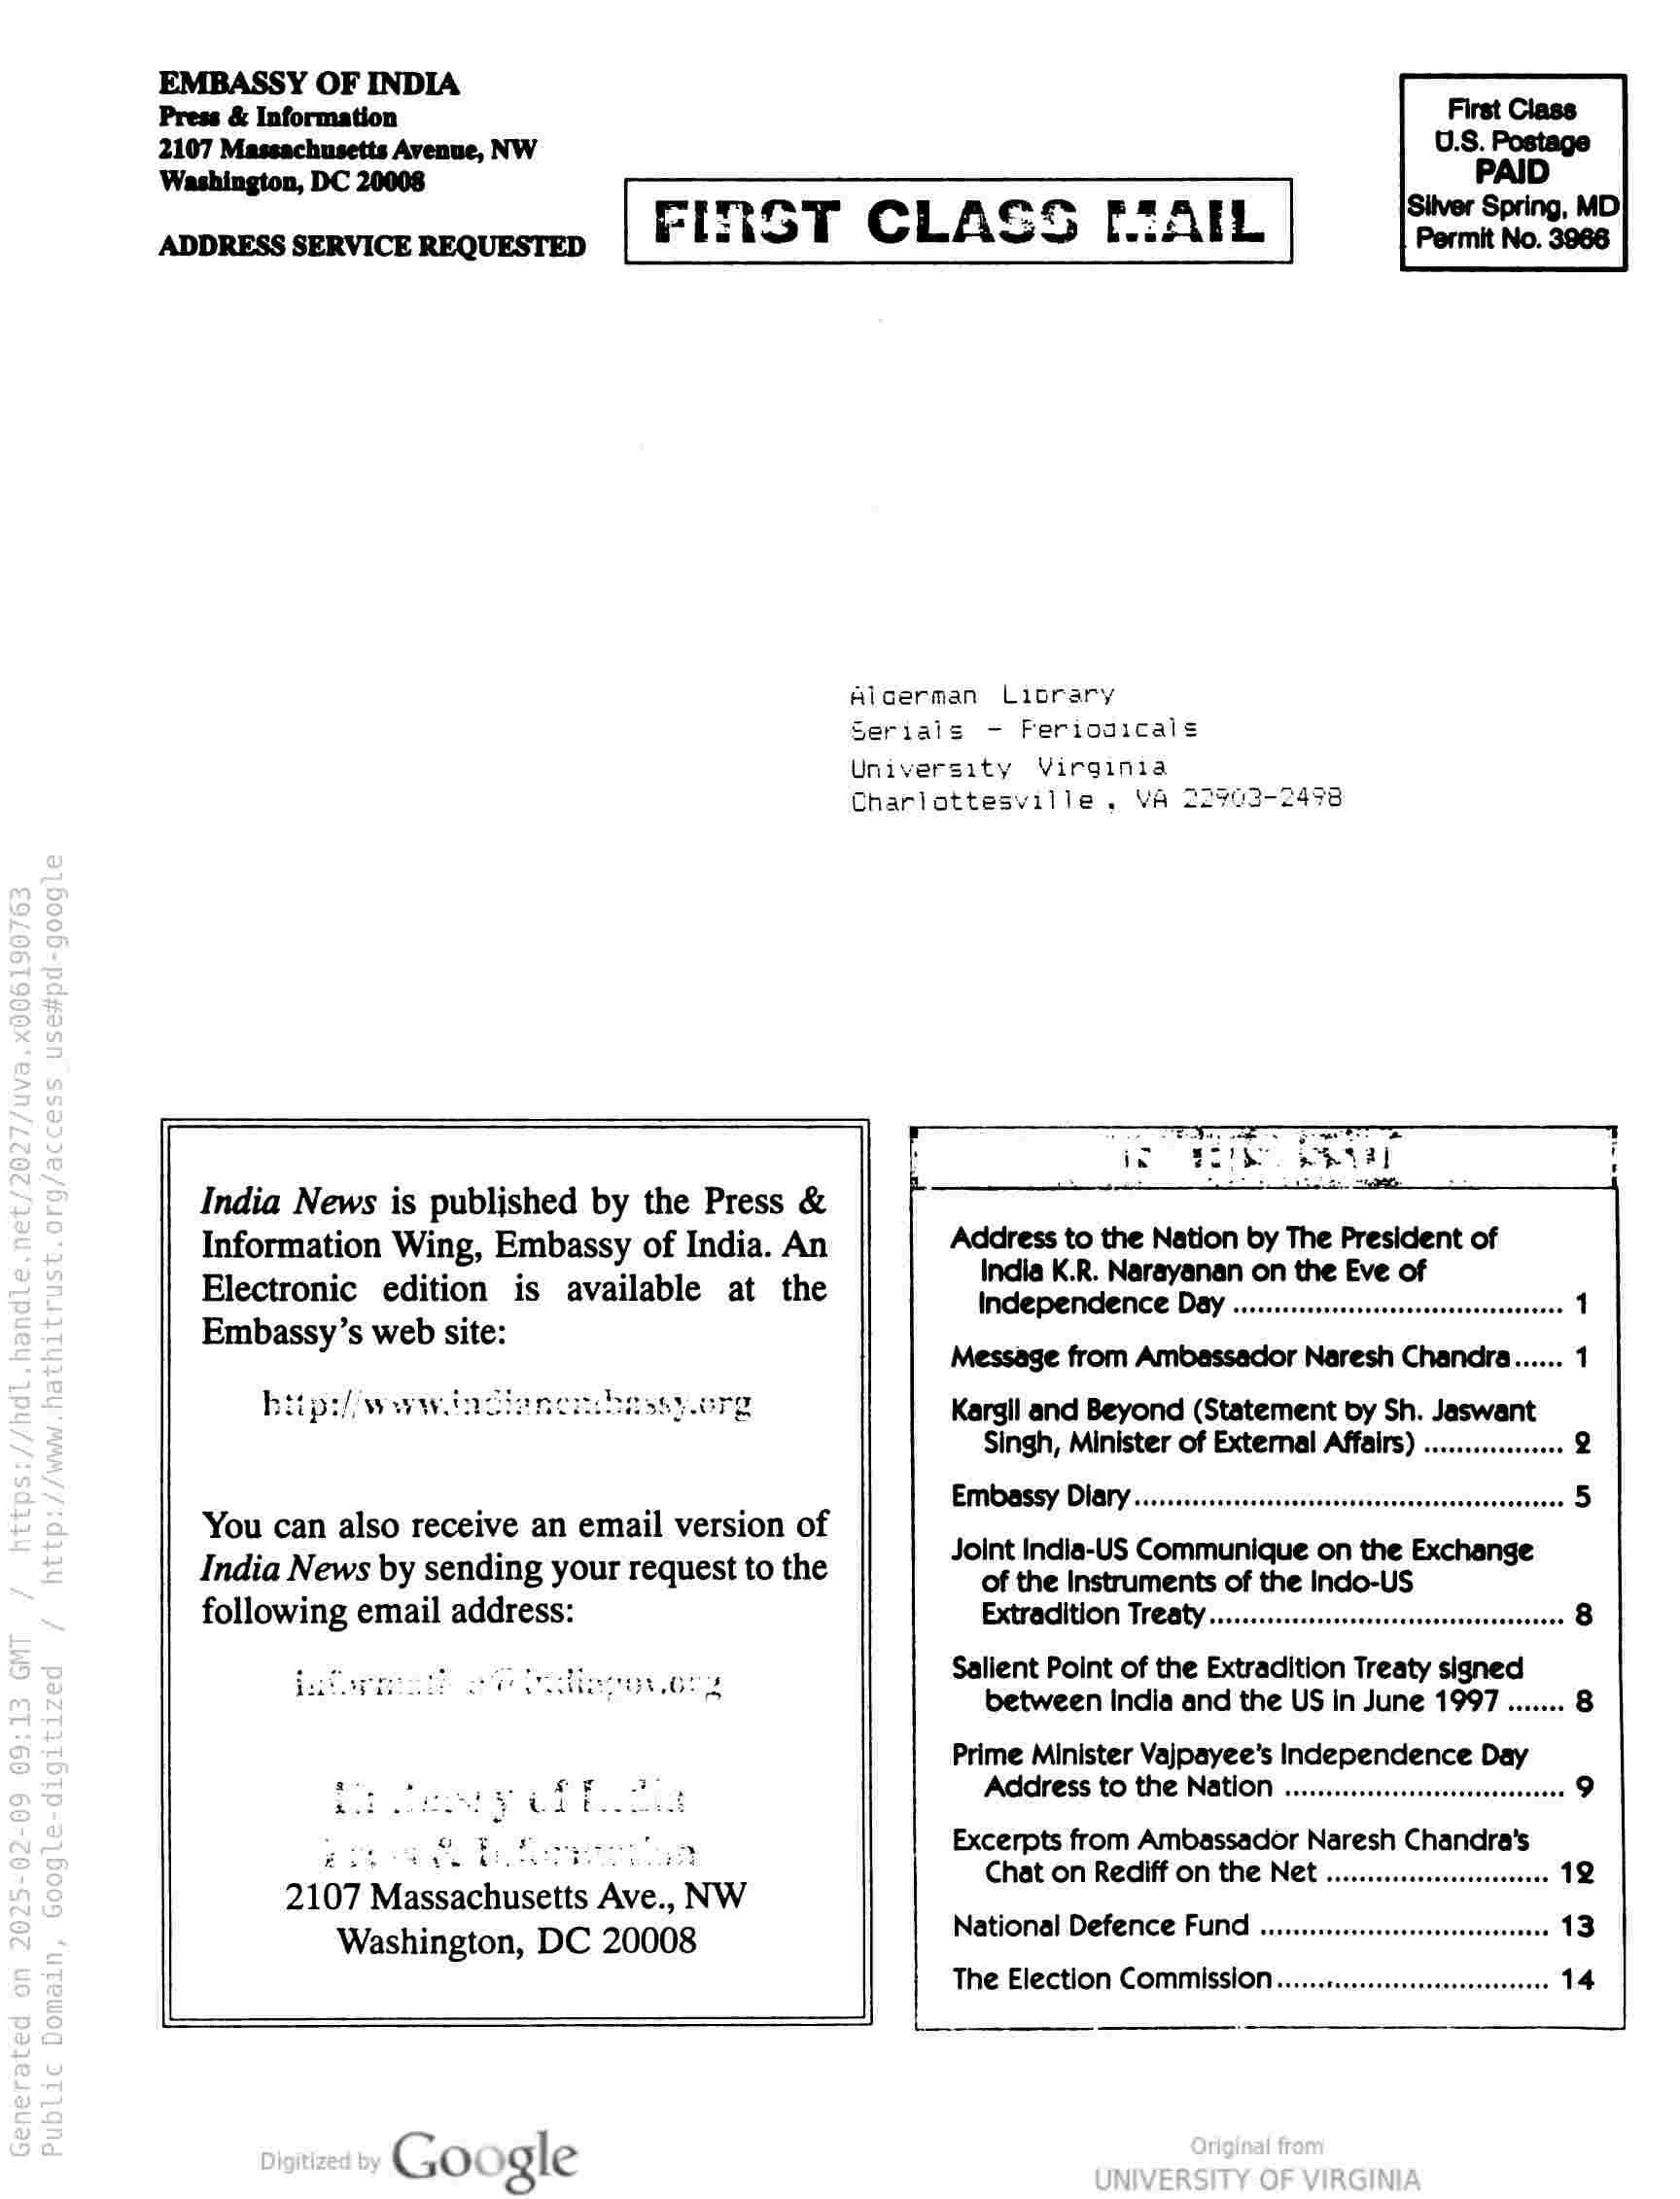
EMBASSY OF INDIA

Press & Information

2107 Massachusetts Avenue, NW
Washington, DC 20008

ADDRESS SERVICE REQUESTED

Alcerman Liocrary
Seriais - Feriogicals

University Virginia
Charlottesville, VA 22903-2473

India News is published by the Press &
Information Wing, Embassy of India. An
Electronic edition is available at the
Embassy’s web site:

hitpy wewladciancnhassye

bs
%S

You can also receive an email version of
India News by sending your request to the
following email address:

e

ot HF peepee
tae Rives’

2107 Massachusetts Ave., NW
Washington, DC 20008

Google

Address to the Nation by The President of
India K.R. Narayanan on the Eve of
INdepeNndence Day .......eeerssceseceersessseeeseres 1

Message from Ambassador Naresh Chandra...... 1
Kargll and Beyond (Statement by Sh. Jaswant

Singh, Minister of External Affairs) ............000 Q
Embassy Dlary......c.cccsccssssesscssesscesercessseseesseeseees 5
Joint India-US Communique on the Exchange

of the Instruments of the Indo-US

Extradition Treaty .......cccscsscsssscscsrssesssesserees 8

Salient Point of the Extradition Treaty signed
between India and the US in June 1997........ 8

Prime Minister Vajpayee’s Independence Day
Address to the Nation ......cccsssessenesesssesees 9

Excerpts from Ambassador Naresh Chandra's
Chat on Rediff on the Net .. “

National Defence FUN ......sseccccsscstscessseneeene

The Election COMMISSION. .....c..ccsscesesreesereees